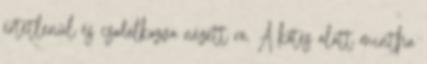
értetlenül és csodálkozva nézett rá. A kötés alatt mintha